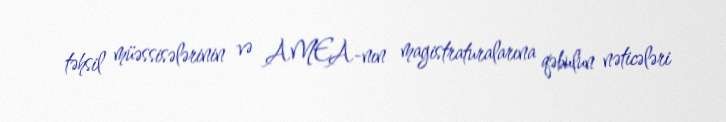
təhsil müəssisələrinin və AMEA-nın magistraturalarına qəbulun nəticələri